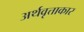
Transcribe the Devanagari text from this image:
अर्थवृत्ताकार